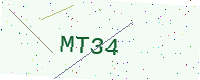
Text: MT34